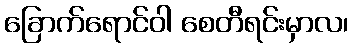
ခြောက်ရောင်ဝါ စေတီရင်းမှာလ၊